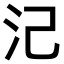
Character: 𣲆